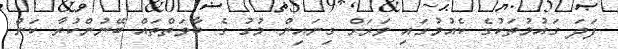
ފަދަ ގައުމުތަކުގެ ކެއުމުގައި ވަރަށް ގިނައިން މުގު ގެ ބާވަތްތައް ބޭނުންކުރާ ކަން